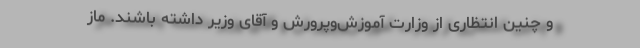
و چنین انتظاری از وزارت آموزش‌وپرورش و آقای وزیر داشته باشند. ماز